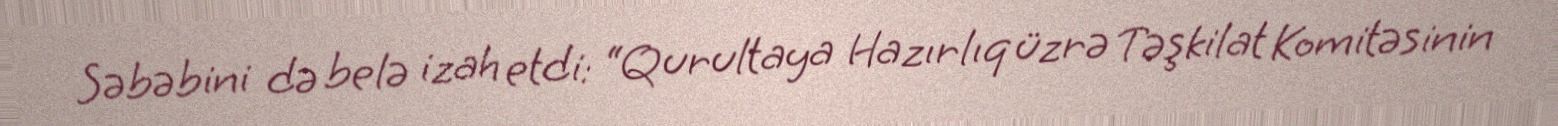
Səbəbini də belə izah etdi: “Qurultaya Hazırlıq üzrə Təşkilat Komitəsinin